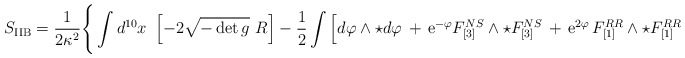
\begin{align*}S_{\rm IIB} = \frac{1}{2 \kappa^2} \Bigg\{ \int d^{10} x~ \left[-2 \sqrt{-\det g}~ R \right] - \frac{1}{2} \int \Big[ d \varphi\wedge \star d \varphi \,+\, {\rm e}^{- \varphi} F_{[3]}^{NS} \wedge \star F_{[3]}^{NS}\,+\, {\rm e}^{2 \varphi}\, F_{[1]}^{RR} \wedge \star F_{[1]}^{RR}\end{align*}